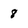
Character: 8